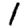
Digit: 1